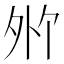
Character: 𪤸